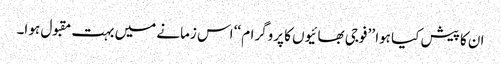
ان کا پیش کیا ہوا ’’ فوجی بھائیوں کا پروگرام ‘‘ اس زمانے میں بہت مقبول ہو ا۔